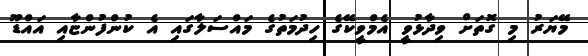
މޭޔަރު މި ގޮތަށް ވިދާޅުވީ އެމްވީކޭގެ ހިދުމަތުގެ މައްސަލާގައި އެ ކުންފުންޏާއި އައްޑޫ